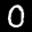
Label: 0